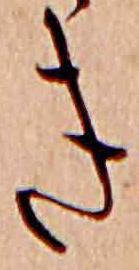
き